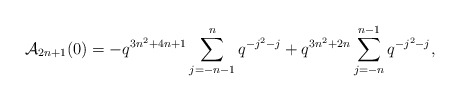
\begin{align*} \mathcal{A}_{2n+1}(0) = -q^{3n^2+4n+1}\sum_{j=-n-1}^{n} q^{-j^2-j} + q^{3n^2+2n}\sum_{j=-n}^{n-1} q^{-j^2-j},\end{align*}